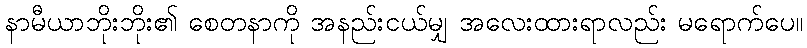
နာမီယာဘိုးဘိုး၏ စေတနာကို အနည်းငယ်မျှ အလေးထားရာလည်း မရောက်ပေ။